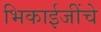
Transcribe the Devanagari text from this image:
भिकाईजींचे